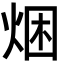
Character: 焑